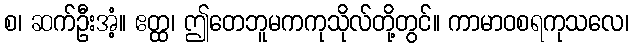
စ၊ ဆက်ဦးအံ့။ ဧတ္ထ၊ ဤတေဘူမကကုသိုလ်တို့တွင်။ ကာမာဝစရကုသလေ၊